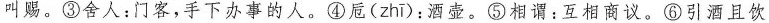
叫赐。③舍人：门客，手下办事的人。④卮( zhi )：酒壶。⑤相谓：互相商议。⑥引酒且饮